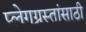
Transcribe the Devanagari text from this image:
प्लेगग्रस्तांसाठी